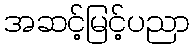
အဆင့်မြင့်ပညာ